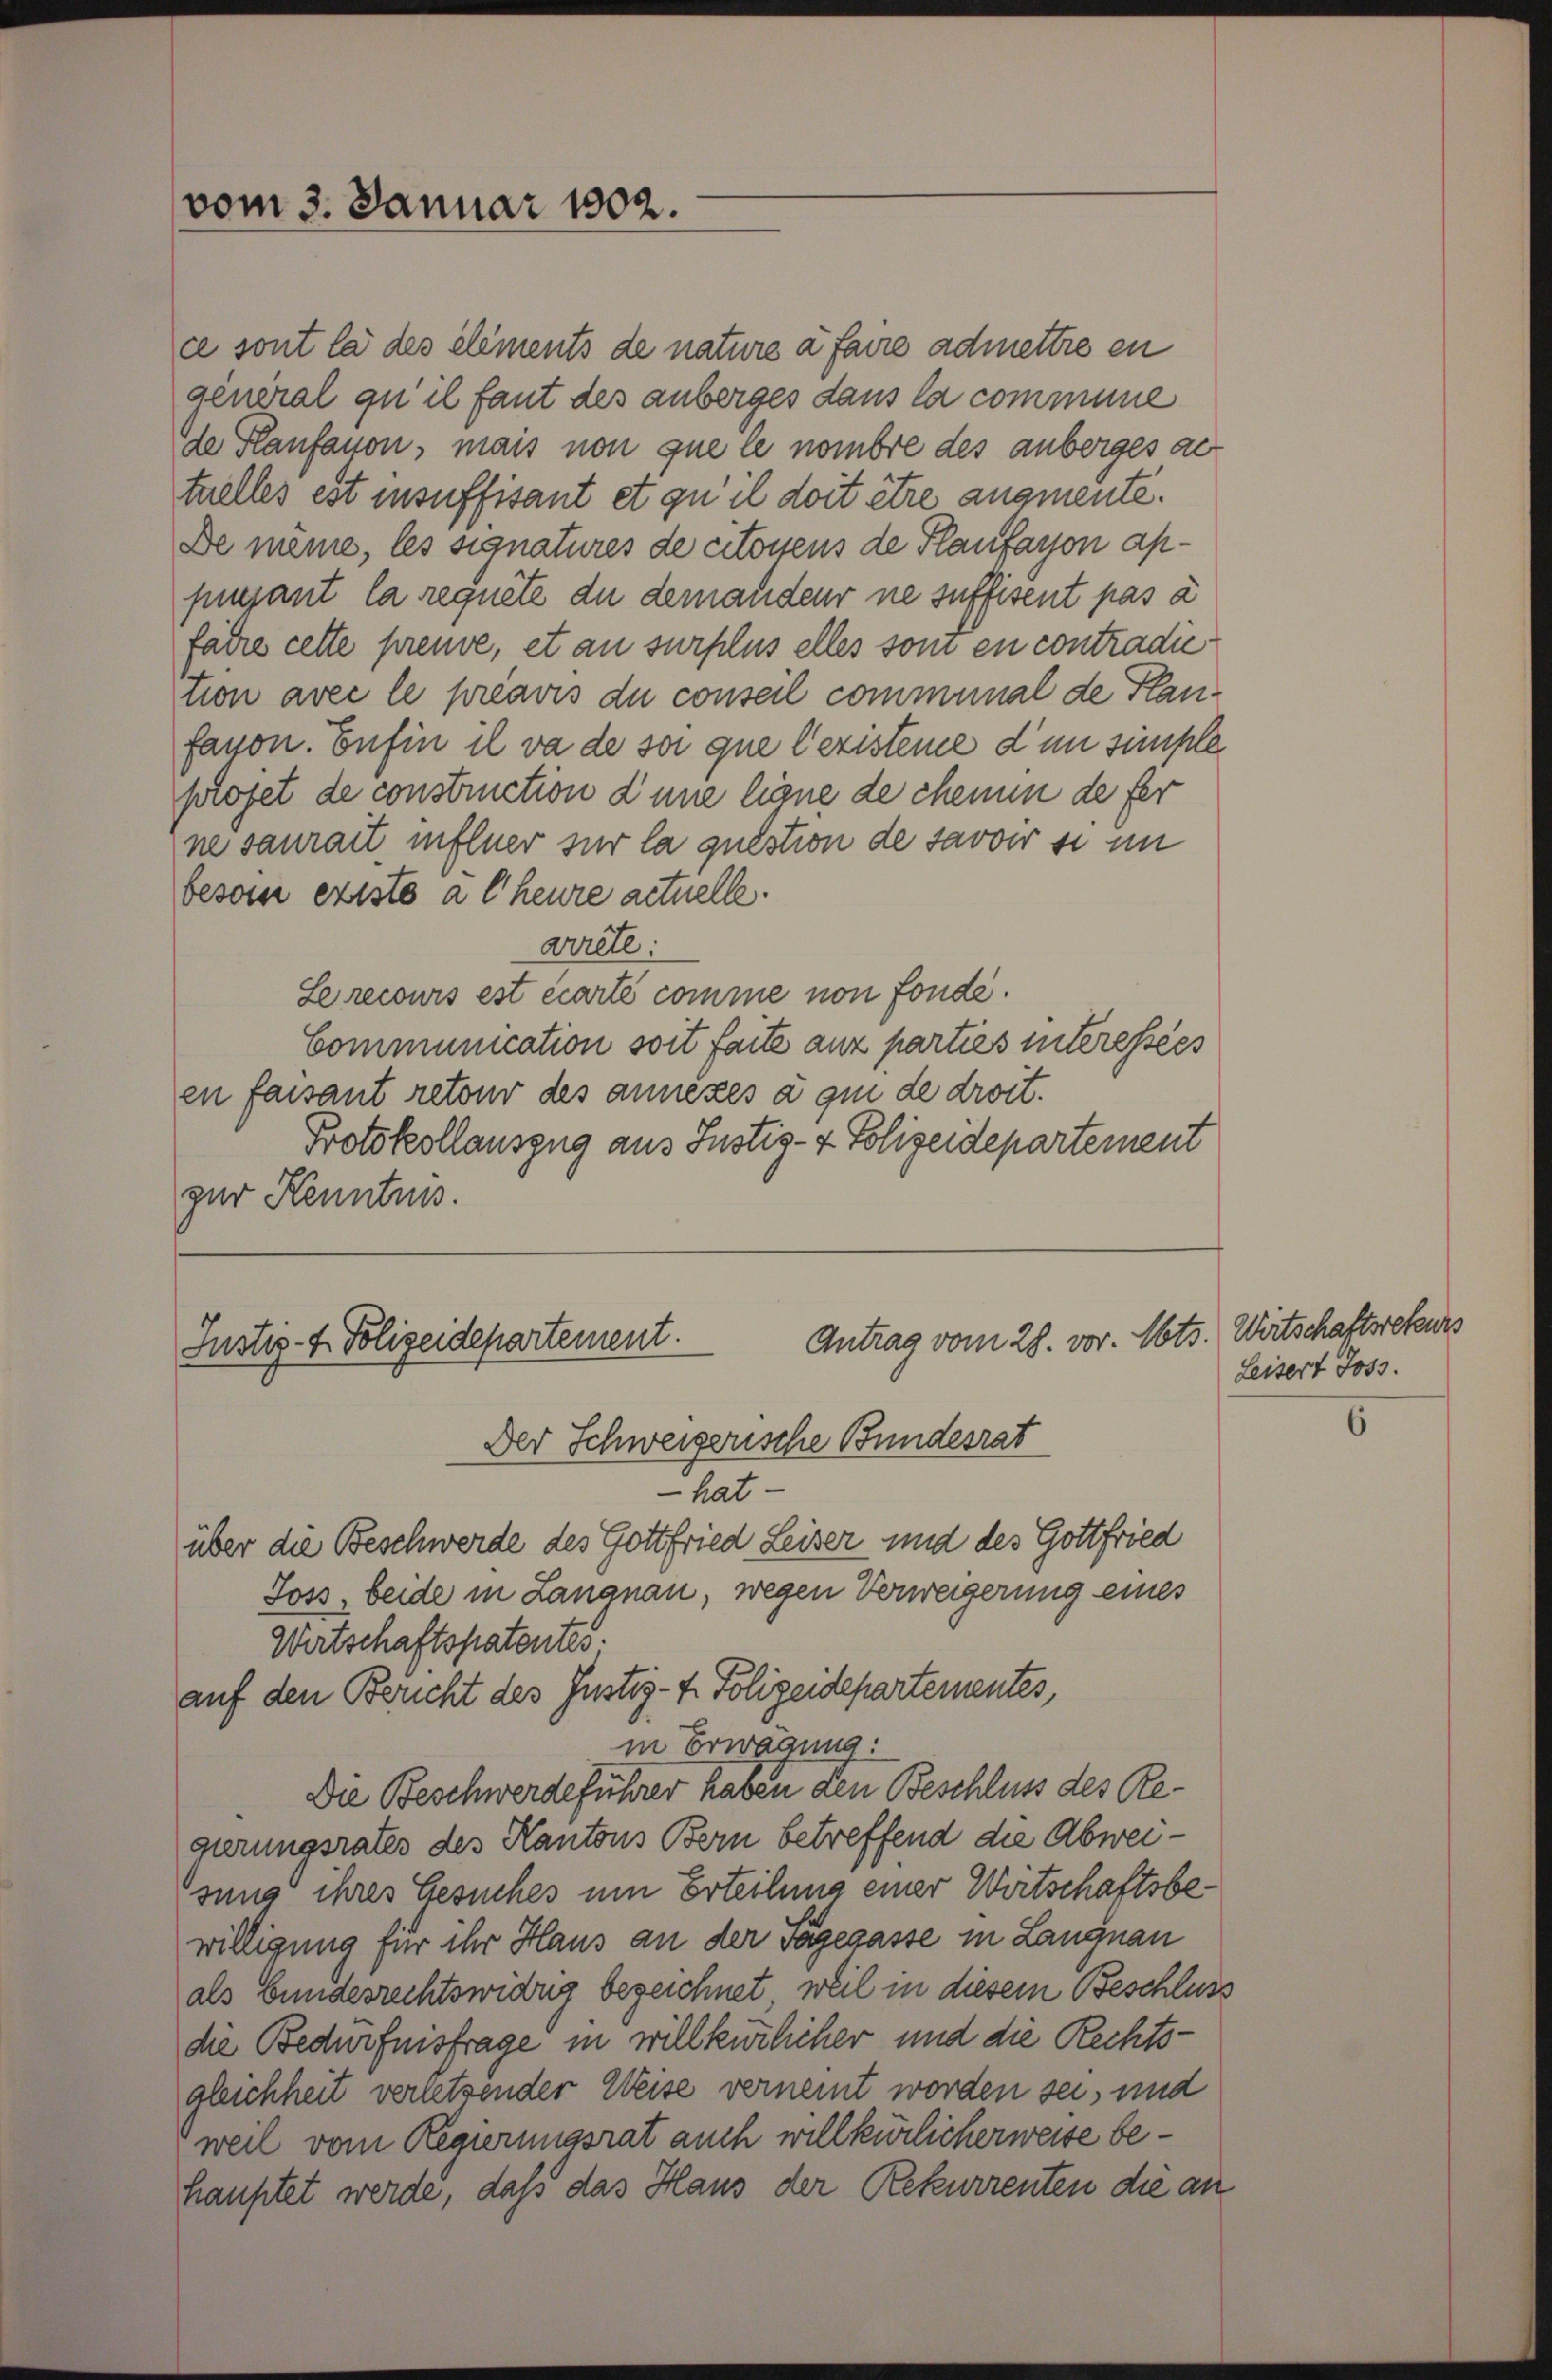
vom 3. Januar 1802.

ce sont la des elements de nature à faire admettre en
general qu’il faut des anberges dans la commune
de Planfayon, mais non que le nombre des anberges au
tuelles est insuffisant et qu’il doit être augmente.
De meine, les signatures de citoyens de Flaufaron appissant la requete du demandeur ne suffisent pas a
fahre cette preuve, et an surplus elles soi en contradietion avec le préavis du conseil communal de Flanfasson. Euhin il va de soi que lexisteme dem simple
plofet de construction d’une ligne de chemin de fer
ne saurait infeuer sur la question de savoir si im
beson existo a theure actuelle.
arrete.
Le recours est écarte comme non fonde.
Communication soit faite anz parties interessées
en faisant retour des annexes à qui de droit.
Protokollauszug aus Justiz- & Polizeidepartement
zur Kenntnis.

Antrag vom 28. vor. Mts. Wirtschaftsrekurs
Justiz- & Polizeidepartement.
Der Schweizerische Bundesrat

— hat
über die Beschwerde des Gottfried Leiser und des Gottfried
Soss, beide in Langnau, wegen Verweigerung eines
Wirtschaftspatentes.
auf den Bericht des Justiz- & Polizeidepartementes,
in Erwägung:
Die Beschwerdeführer haben den Beschluss des Regierungsrates des Kantons Bern betreffend die Abweisung ihres Gesuches um Erteilung einer Wirtschaftsbewilligung für ihr Haus an der Tagesasse in Langnau
als bundesrechtswidrig bezeichnet, weil in diesem Beschluss
die Bedürfnisfrage in willkürlicher und die Rechtsgleichheit vernetsender Weise verneint worden sei, und
weil vom Regierungsrat auch willkürlicherweise behauptet werde, daß das Haus der Rekurrenten die an

Leisert Joss.

6